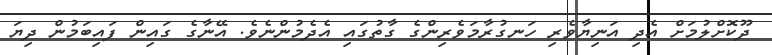
ދޫކޮށްލުމަށް އެދި އަނިޔާވެރި ހަނގުރާމަވެރިންގެ ގާތުގައި އެދެމުންނެވެ. އޭނާގެ ގައިން ފައިބަމުން ދިޔަ